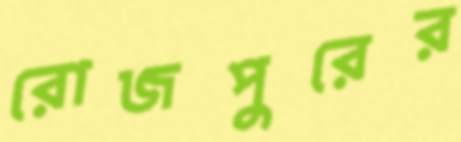
রোজপুরের